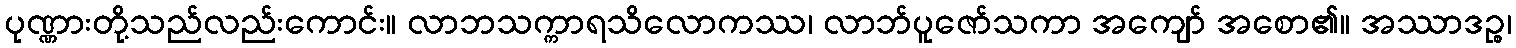
ပုဏ္ဏားတို့သည်လည်းကောင်း။ လာဘသက္ကာရသိလောကဿ၊ လာဘ်ပူဇော်သကာ အကျော် အစော၏။ အဿာဒဉ္စ၊